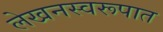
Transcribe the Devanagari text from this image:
लेखनस्वरूपात